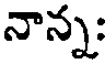
నాన్న;